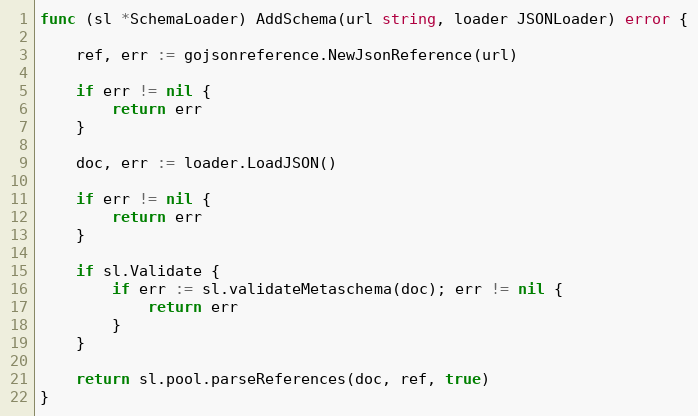
Language: Go
func (sl *SchemaLoader) AddSchema(url string, loader JSONLoader) error {

	ref, err := gojsonreference.NewJsonReference(url)

	if err != nil {
		return err
	}

	doc, err := loader.LoadJSON()

	if err != nil {
		return err
	}

	if sl.Validate {
		if err := sl.validateMetaschema(doc); err != nil {
			return err
		}
	}

	return sl.pool.parseReferences(doc, ref, true)
}